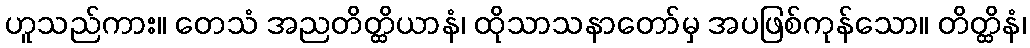
ဟူသည်ကား။ တေသံ အညတိတ္ထိယာနံ၊ ထိုသာသနာတော်မှ အပဖြစ်ကုန်သော။ တိတ္ထိနံ၊